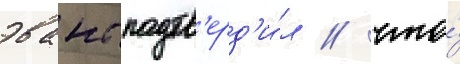
эванс подтв'ерд'и́л / что́